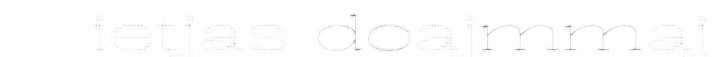
ietjas doajmmaj